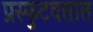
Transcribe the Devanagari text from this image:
प्रस्फुटवतात